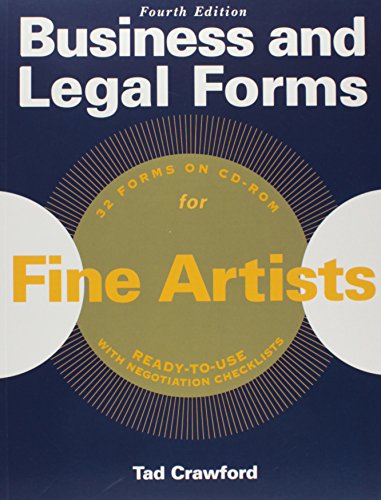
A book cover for Business and Legal Forms for Fine Artists; Tad Crawford; Arts & Photography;